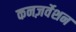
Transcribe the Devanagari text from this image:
कनज़र्वेशन